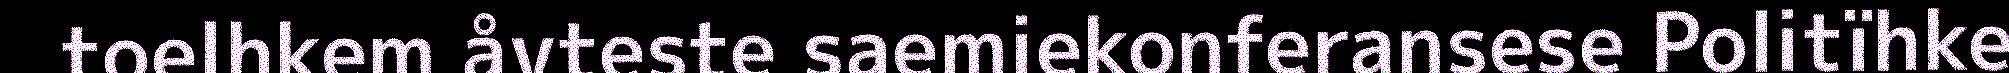
toelhkem åvteste saemiekonferansese Politïhke